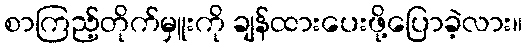
စာကြည့်တိုက်မှူးကို ချန်ထားပေးဖို့ပြောခဲ့လား။